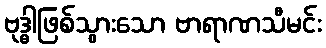
ဗုဒ္ဓါဖြစ်သွားသော ဗာရာဏသီမင်း